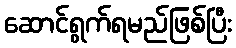
ဆောင်ရွက်ရမည်ဖြစ်ပြီး